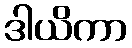
ဒါယိကာ